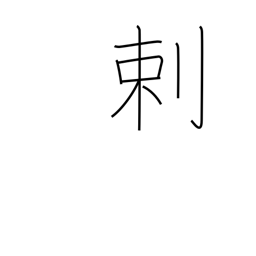
Meaning: opposed